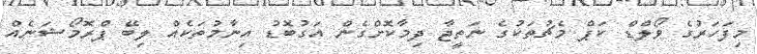
މިފަހަރުގެ ވޯލްޑް ކަޕް މެޗުތަކުގެ ނަތީޖާ ދިމާކޮށްގެން އަގުބޮޑު އިނާމުތަކެއް ލިބޭ ޕްރޮމޯޝަނެއް